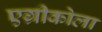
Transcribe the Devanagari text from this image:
एग्रीकोला